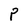
Character: P